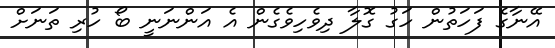
އޭނާގެ ފަހަތުން ހަގު ގޮލާ ދިވެހިވެގެން އެ އަންނަނީ ބޯ ހުރި ތަނަށް